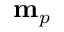
\mathbf { m } _ { p }